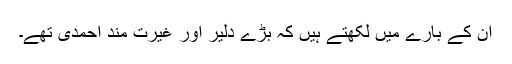
ان کے بارے میں لکھتے ہیں کہ بڑے دلیر اور غیرت مند احمدی تھے۔